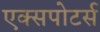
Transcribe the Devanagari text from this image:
एक्सपोटर्स